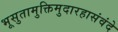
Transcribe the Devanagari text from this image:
भूसुतामुक्तिमुदारहासंवंदे